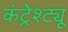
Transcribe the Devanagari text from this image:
कंट्रेश्ट्यू